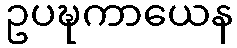
ဥပဍ္ဎကာယေန